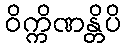
ဝိက္ကိဏန္တိပိ